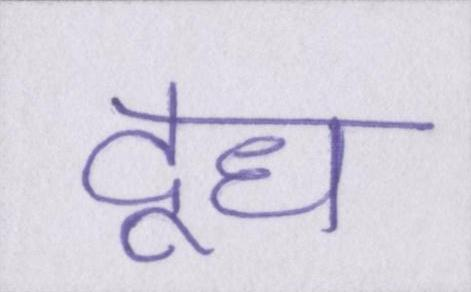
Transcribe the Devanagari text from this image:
दूध